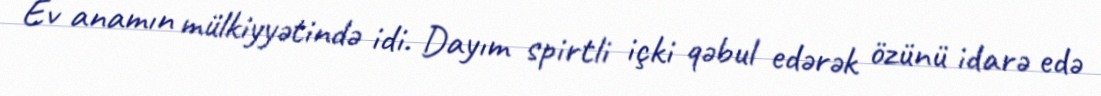
Ev anamın mülkiyyətində idi. Dayım spirtli içki qəbul edərək özünü idarə edə